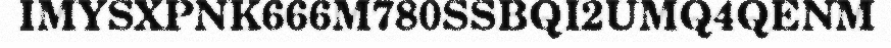
IMYSXPNK666M780SSBQI2UMQ4QENM